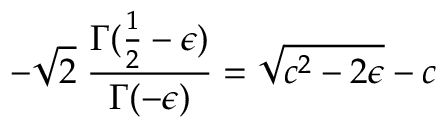
- \sqrt { 2 } \; \frac { \Gamma ( \frac { 1 } { 2 } - \epsilon ) } { \Gamma ( - \epsilon ) } = \sqrt { c ^ { 2 } - 2 \epsilon } - c